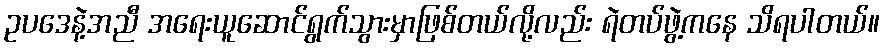
ဥပဒေနဲ့အညီ အရေးယူဆောင်ရွက်သွားမှာဖြစ်တယ်လို့လည်း ရဲတပ်ဖွဲ့ကနေ သိရပါတယ်။